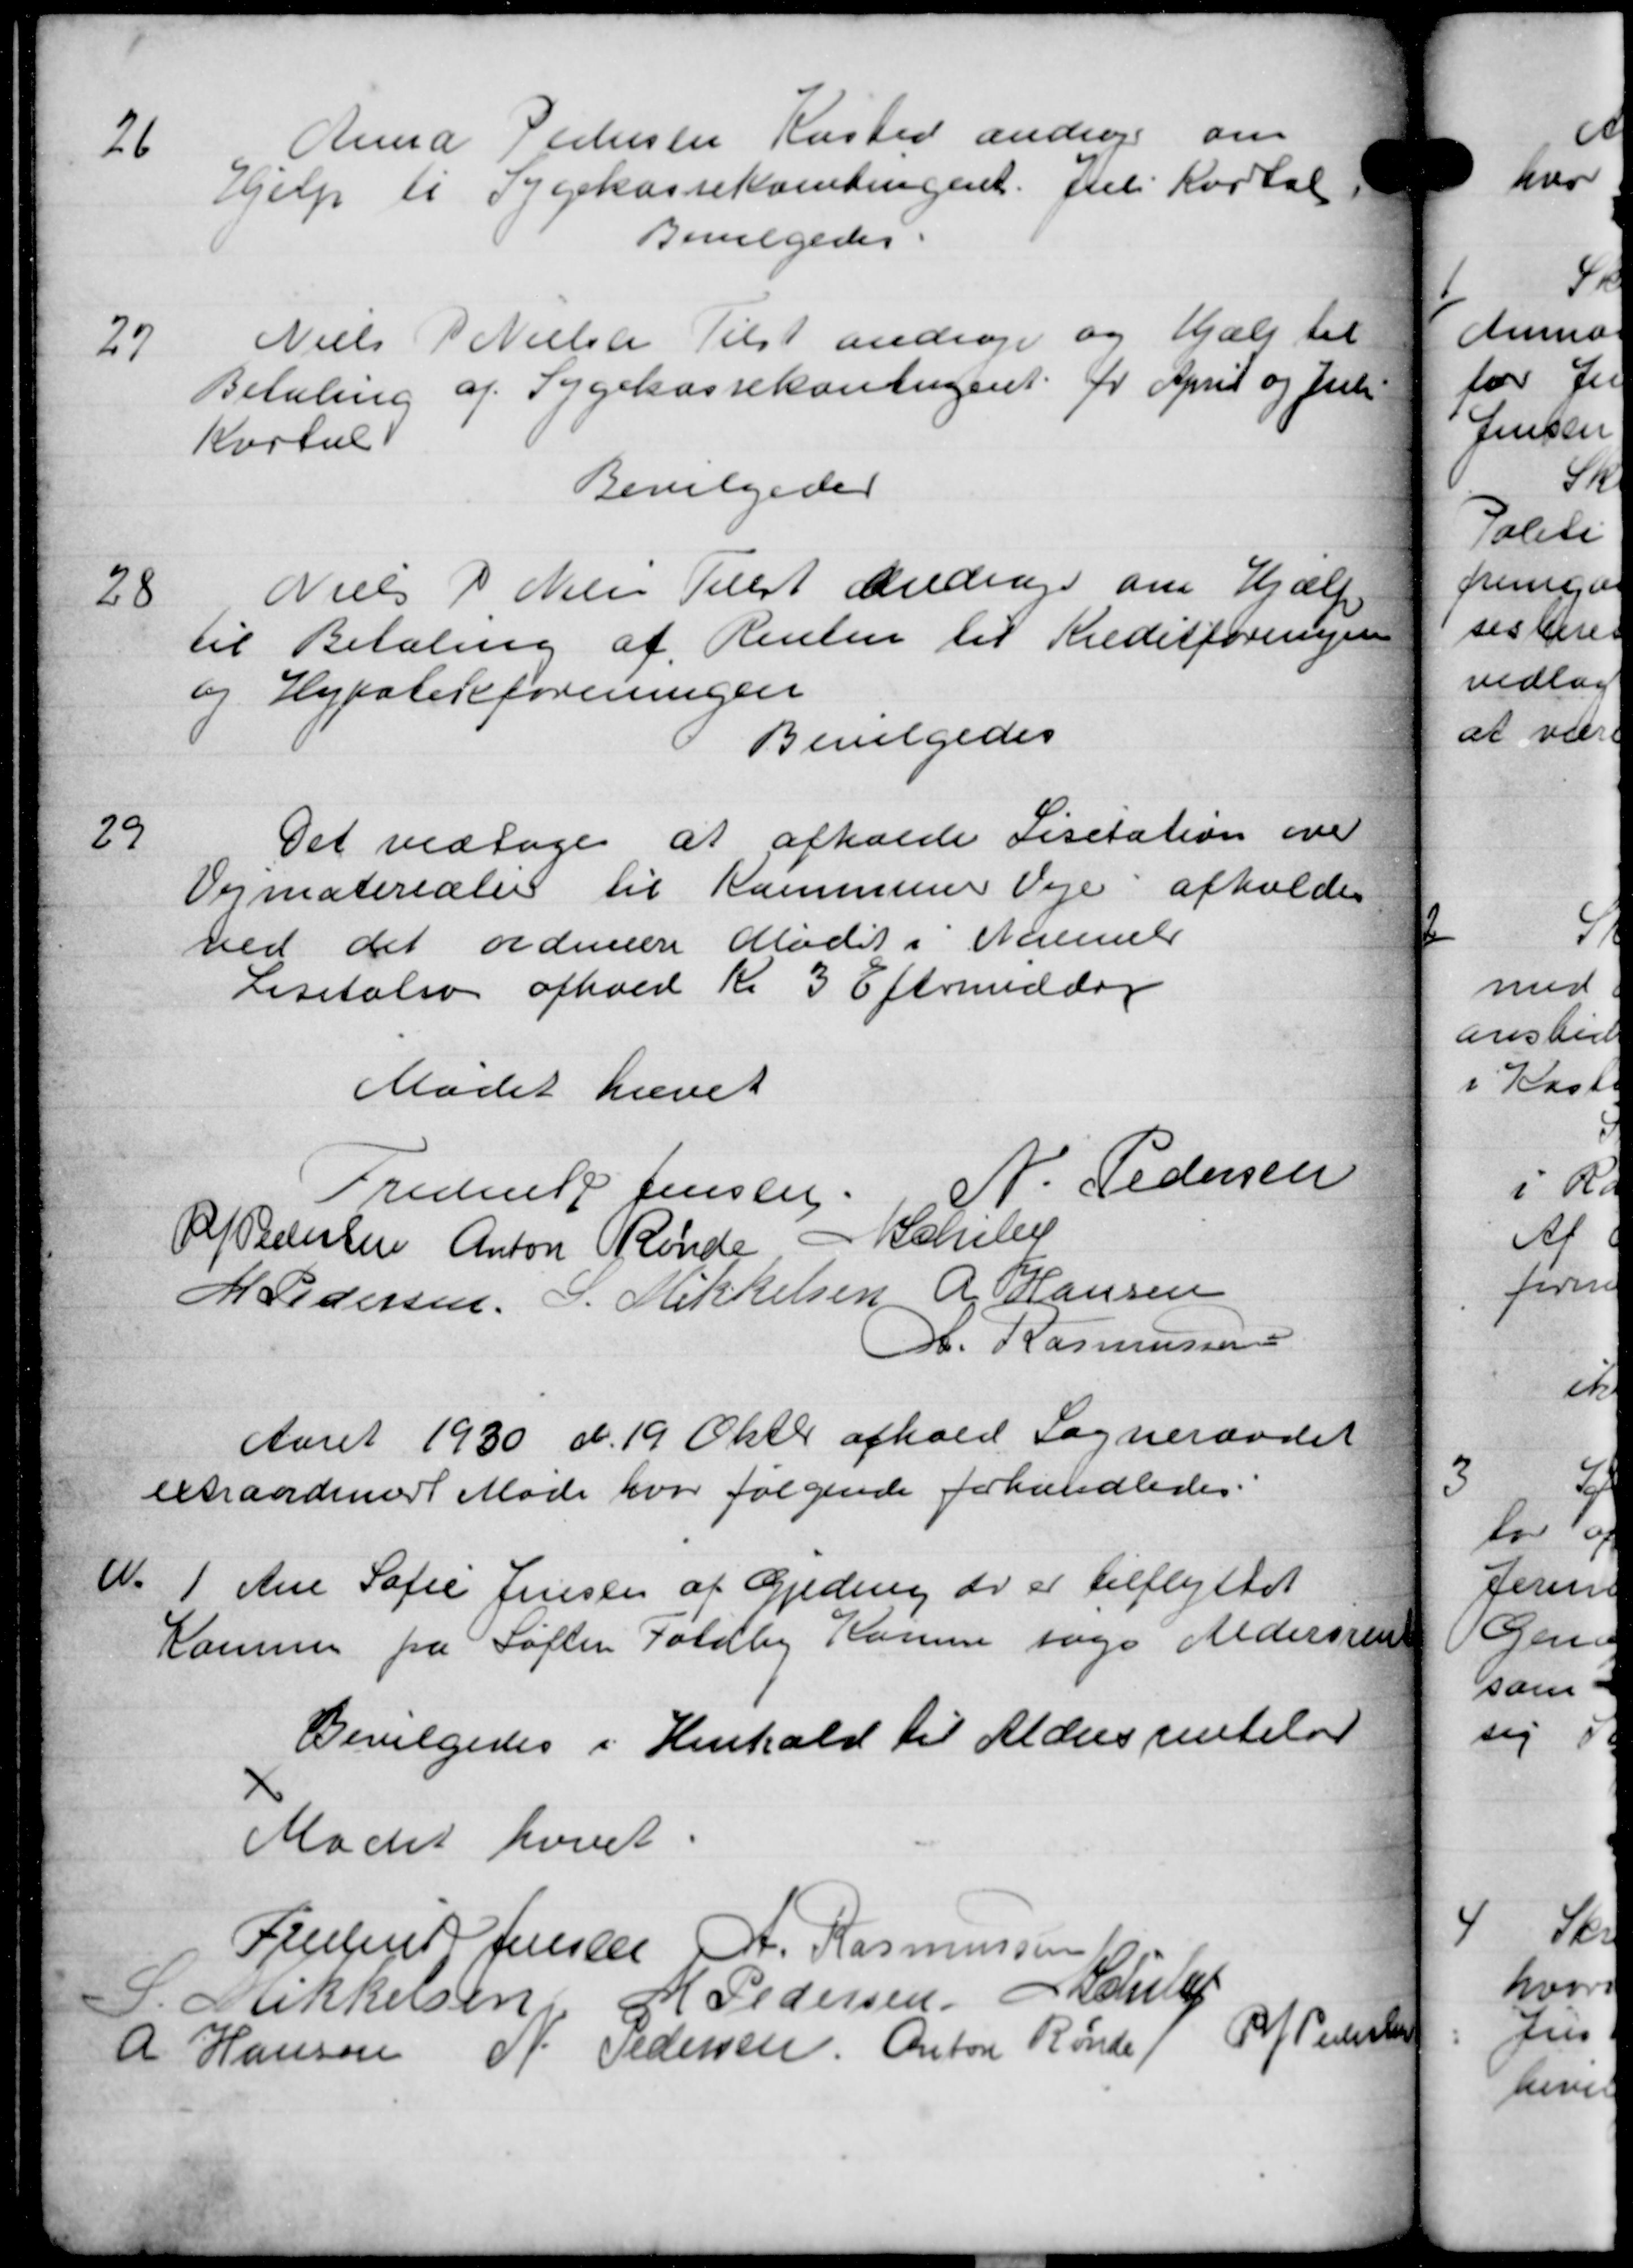
Transskription:
26
Anna Pedersen Kasted andrager om
Hjælp til Sygekassekontingent. Juel Kartal
Bevilgedes.
27
Niels P Nielsen Tilst andrager og Hjælp til
Betaling af Sygekassekontingent for April og Juli
Kartal
Bevilgedes
28
Niels P Niels Tellet Andrage om Hjælp
til Betaling af Renten til Kreditforeningen
og Hypotekforeningen
Bevilgedes
29
Det vedtoges at afholde Lisitation over
Opmaterialer til Kommuner Veje afholde
ved det ordinære Mødet i Niemel
Lisitalso afhold Kl 3 Eftermiddag
Mødet hævet
Frederik Jensen
N. Pedersen
R Pedersen Anton Rønde - Schele
M Pedersen P. Mikkelsen A Hansen
M. Rasmussen
Aaret 1930 d. 19 Oktbr afhold Sogneraadet
extraordinært Møde hvor følgende forhandledes.
A. 1
Ane Sofie Jensen af Gjeding der er tilflyttet
Komme fra Søften Foldby Komme søge Aldersre
Bevilgedes i Henhold til Aldersrentelse
Mødet hævet
Fjellins Jensen A. Rasmussen
J. Mikkelsen H. Pedersen Haarup
A Hansen N. Pedersen Anton Rønde
A Pederskat